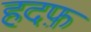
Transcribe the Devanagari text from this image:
हदफ़